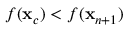
f ( \mathbf { x } _ { c } ) < f ( \mathbf { x } _ { n + 1 } )